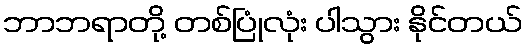
ဘာဘရာတို့ တစ်ပြုံလုံး ပါသွား နိုင်တယ်